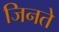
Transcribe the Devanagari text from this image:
जिनते